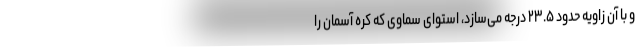
و با آن زاویه حدود ۲۳.۵ درجه می‌سازد، استوای سماوی که کره آسمان را